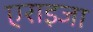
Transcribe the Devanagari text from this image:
एराइजा